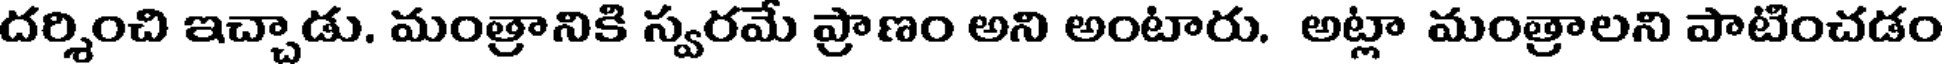
దర్శించి ఇచ్చాడు. మంత్రానికి స్వరమే ప్రాణం అని అంటారు. అట్లా మంత్రాలని పాటించడం